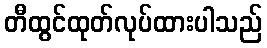
တီထွင်ထုတ်လုပ်ထားပါသည်